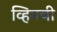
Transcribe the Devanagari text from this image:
व्हिमची